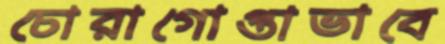
চোরাগোপ্তাভাবে